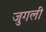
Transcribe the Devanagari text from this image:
जुगली